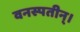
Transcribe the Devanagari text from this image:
वनस्पतीन्।